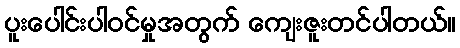
ပူးပေါင်းပါဝင်မှုအတွက် ကျေးဇူးတင်ပါတယ်။